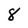
Character: 8